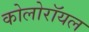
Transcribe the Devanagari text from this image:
कोलोरॉयल